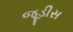
જૂડીસ